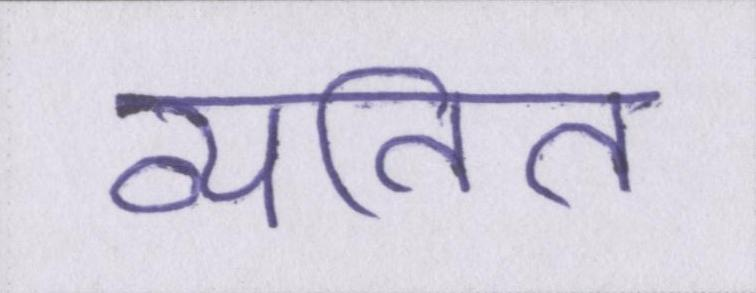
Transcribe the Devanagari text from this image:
व्यतित